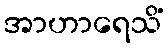
အာဟာရေသိံ